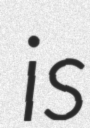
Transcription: is